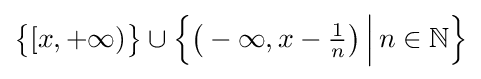
{\bigl \{}[x,+\infty ){\bigr \}}\cup {\Bigl \{}{\bigl (}-\infty ,x-{\tfrac {1}{n}}{\bigr )}\,{\Big |}\,n\in \mathbb {N} {\Bigr \}}